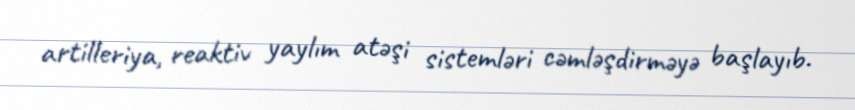
artilleriya, reaktiv yaylım atəşi sistemləri cəmləşdirməyə başlayıb.